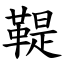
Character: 鞮